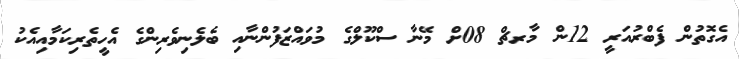
އެގޮތުން ފެބްރުއަރީ 12ން މާރޗް 08ށް މޭނާ ސްކޫލްގެ މުވައްޒަފުންނާއި ބެލެނިވެރިންގެ އެހީތެރިކަމާއިއެކު